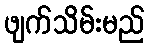
ဖျက်သိမ်းမည်